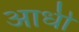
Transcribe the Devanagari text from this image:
अाधी